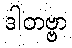
ဒါတဗ္ဗာ